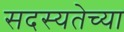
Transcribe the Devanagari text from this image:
सदस्यतेच्या